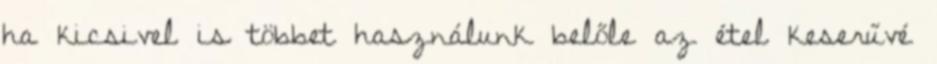
ha kicsivel is többet használunk belőle az étel keserűvé